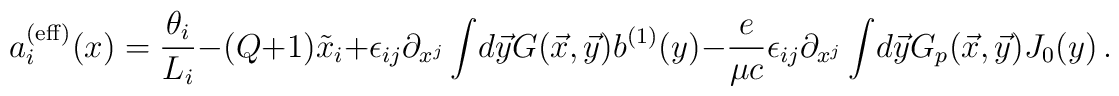
a_i^{({\rm eff})}(x)= {\theta_i \over L_i}- (Q +1) \tilde x_i+\epsilon_{ij} \partial_{x^j}\int \! d \vec y G(\vec x, \vec y)b^{(1)}(y) -{e \over \mu c}\epsilon_{ij} \partial_{x^j}\int \! d \vec y G_p(\vec x, \vec y)J_0(y)\,.